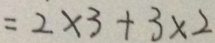
= 2 \times 3 + 3 \times 2